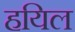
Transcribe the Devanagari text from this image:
हयिल